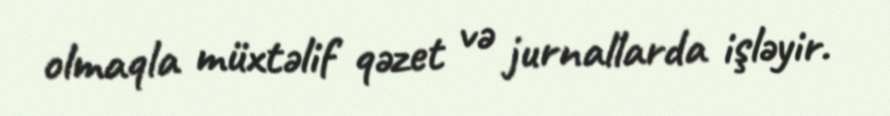
olmaqla müxtəlif qəzet və jurnallarda işləyir.